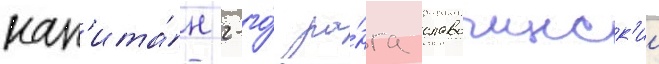
кап'ита́н 2-го́ ра́нга славочинск'ии